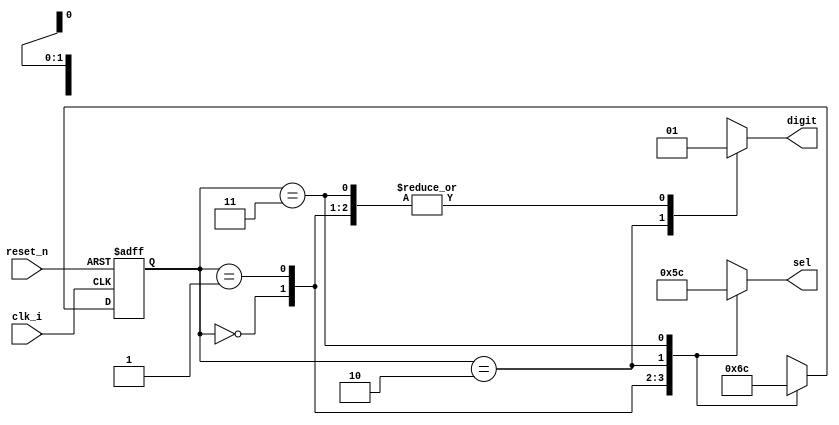
module Sec6_SM(
	//input [7:0] data,
	input clk_i,
	input reset_n,
	output reg [2:0] sel,
	output reg digit
	//output [6:0] segments
	);
	
	reg [1:0] state;
	reg [1:0] state_next;
	
	//reg [3:0] num_int;  //Internal number storage
	
	parameter S0 = 2'b00;  //Disp Digit 1
	parameter S1 = 2'b01;  //Disp Digit 2
	parameter S2 = 2'b10;  //Disp Digit 3
	parameter S3 = 2'b11;  //Disp Digit 4
	
	//Async reset
	always @ (posedge clk_i, negedge reset_n)
		begin
			if(!reset_n)
				state <= S0;
			else
				state <= state_next;	
		end
	 
	//Next state logic
	always @ (*)
		begin
			case(state)
				S0: 	 state_next = S1;
				S1: 	 state_next = S2;
				S2: 	 state_next = S3;
				S3: 	 state_next = S0;
				default: state_next = S0;
			endcase
		end
	
	//"Determine #" Block
	always @ (*)
		begin
			case (state)
				S0:
				begin
					sel = 3'b000;  //Select Digit 1
					digit = 1;
				end
				S1:
				begin
					sel = 3'b001;  //Select Digit 2
					digit = 1;
				end
				S2:
				begin
					sel = 3'b011;  //Select Digit 3
					digit = 0;
				end
				S3:
				begin
					sel = 3'b100;  //Select Digit 4
					digit = 1;
				end
			endcase
		end
	
	
endmodule